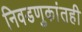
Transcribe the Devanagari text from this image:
निवडणुकांतही